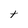
Character: t